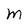
Character: M